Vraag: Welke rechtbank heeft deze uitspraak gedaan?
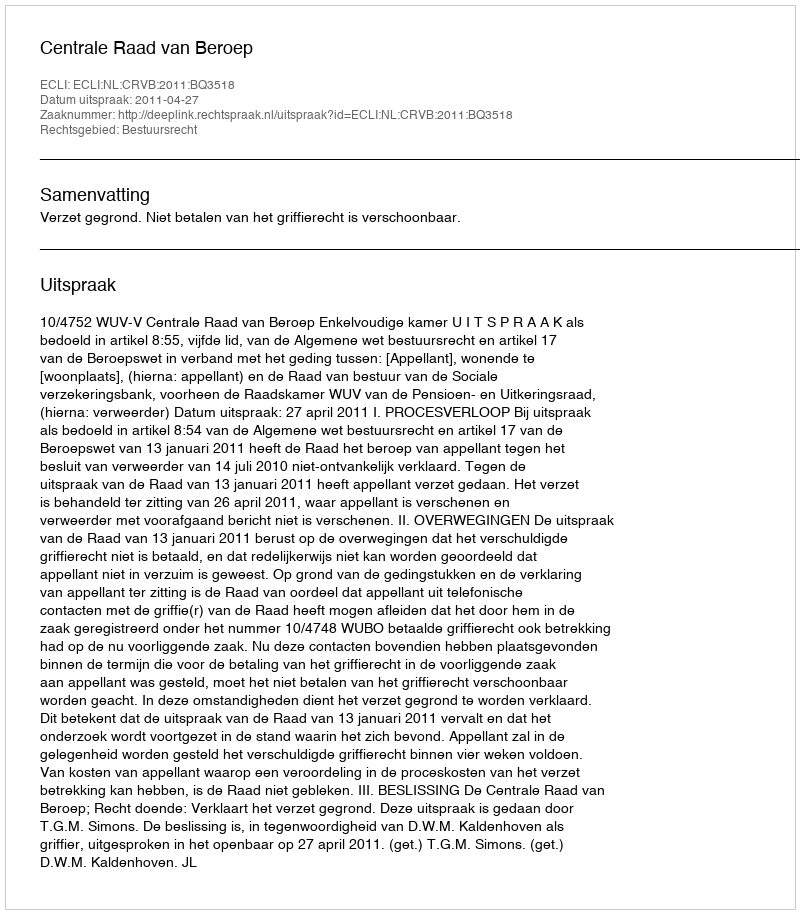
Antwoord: Centrale Raad van Beroep